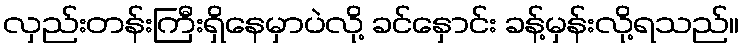
လှည်းတန်းကြီးရှိနေမှာပဲလို့ ခင်နှောင်း ခန့်မှန်းလို့ရသည်။